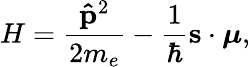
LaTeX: H=\frac{\mathbf{\hat{p}}^{2}}{2m_{e}}-\frac{1}{\hbar}{\mathbf{s}}\cdot\boldsymbol{\mu},